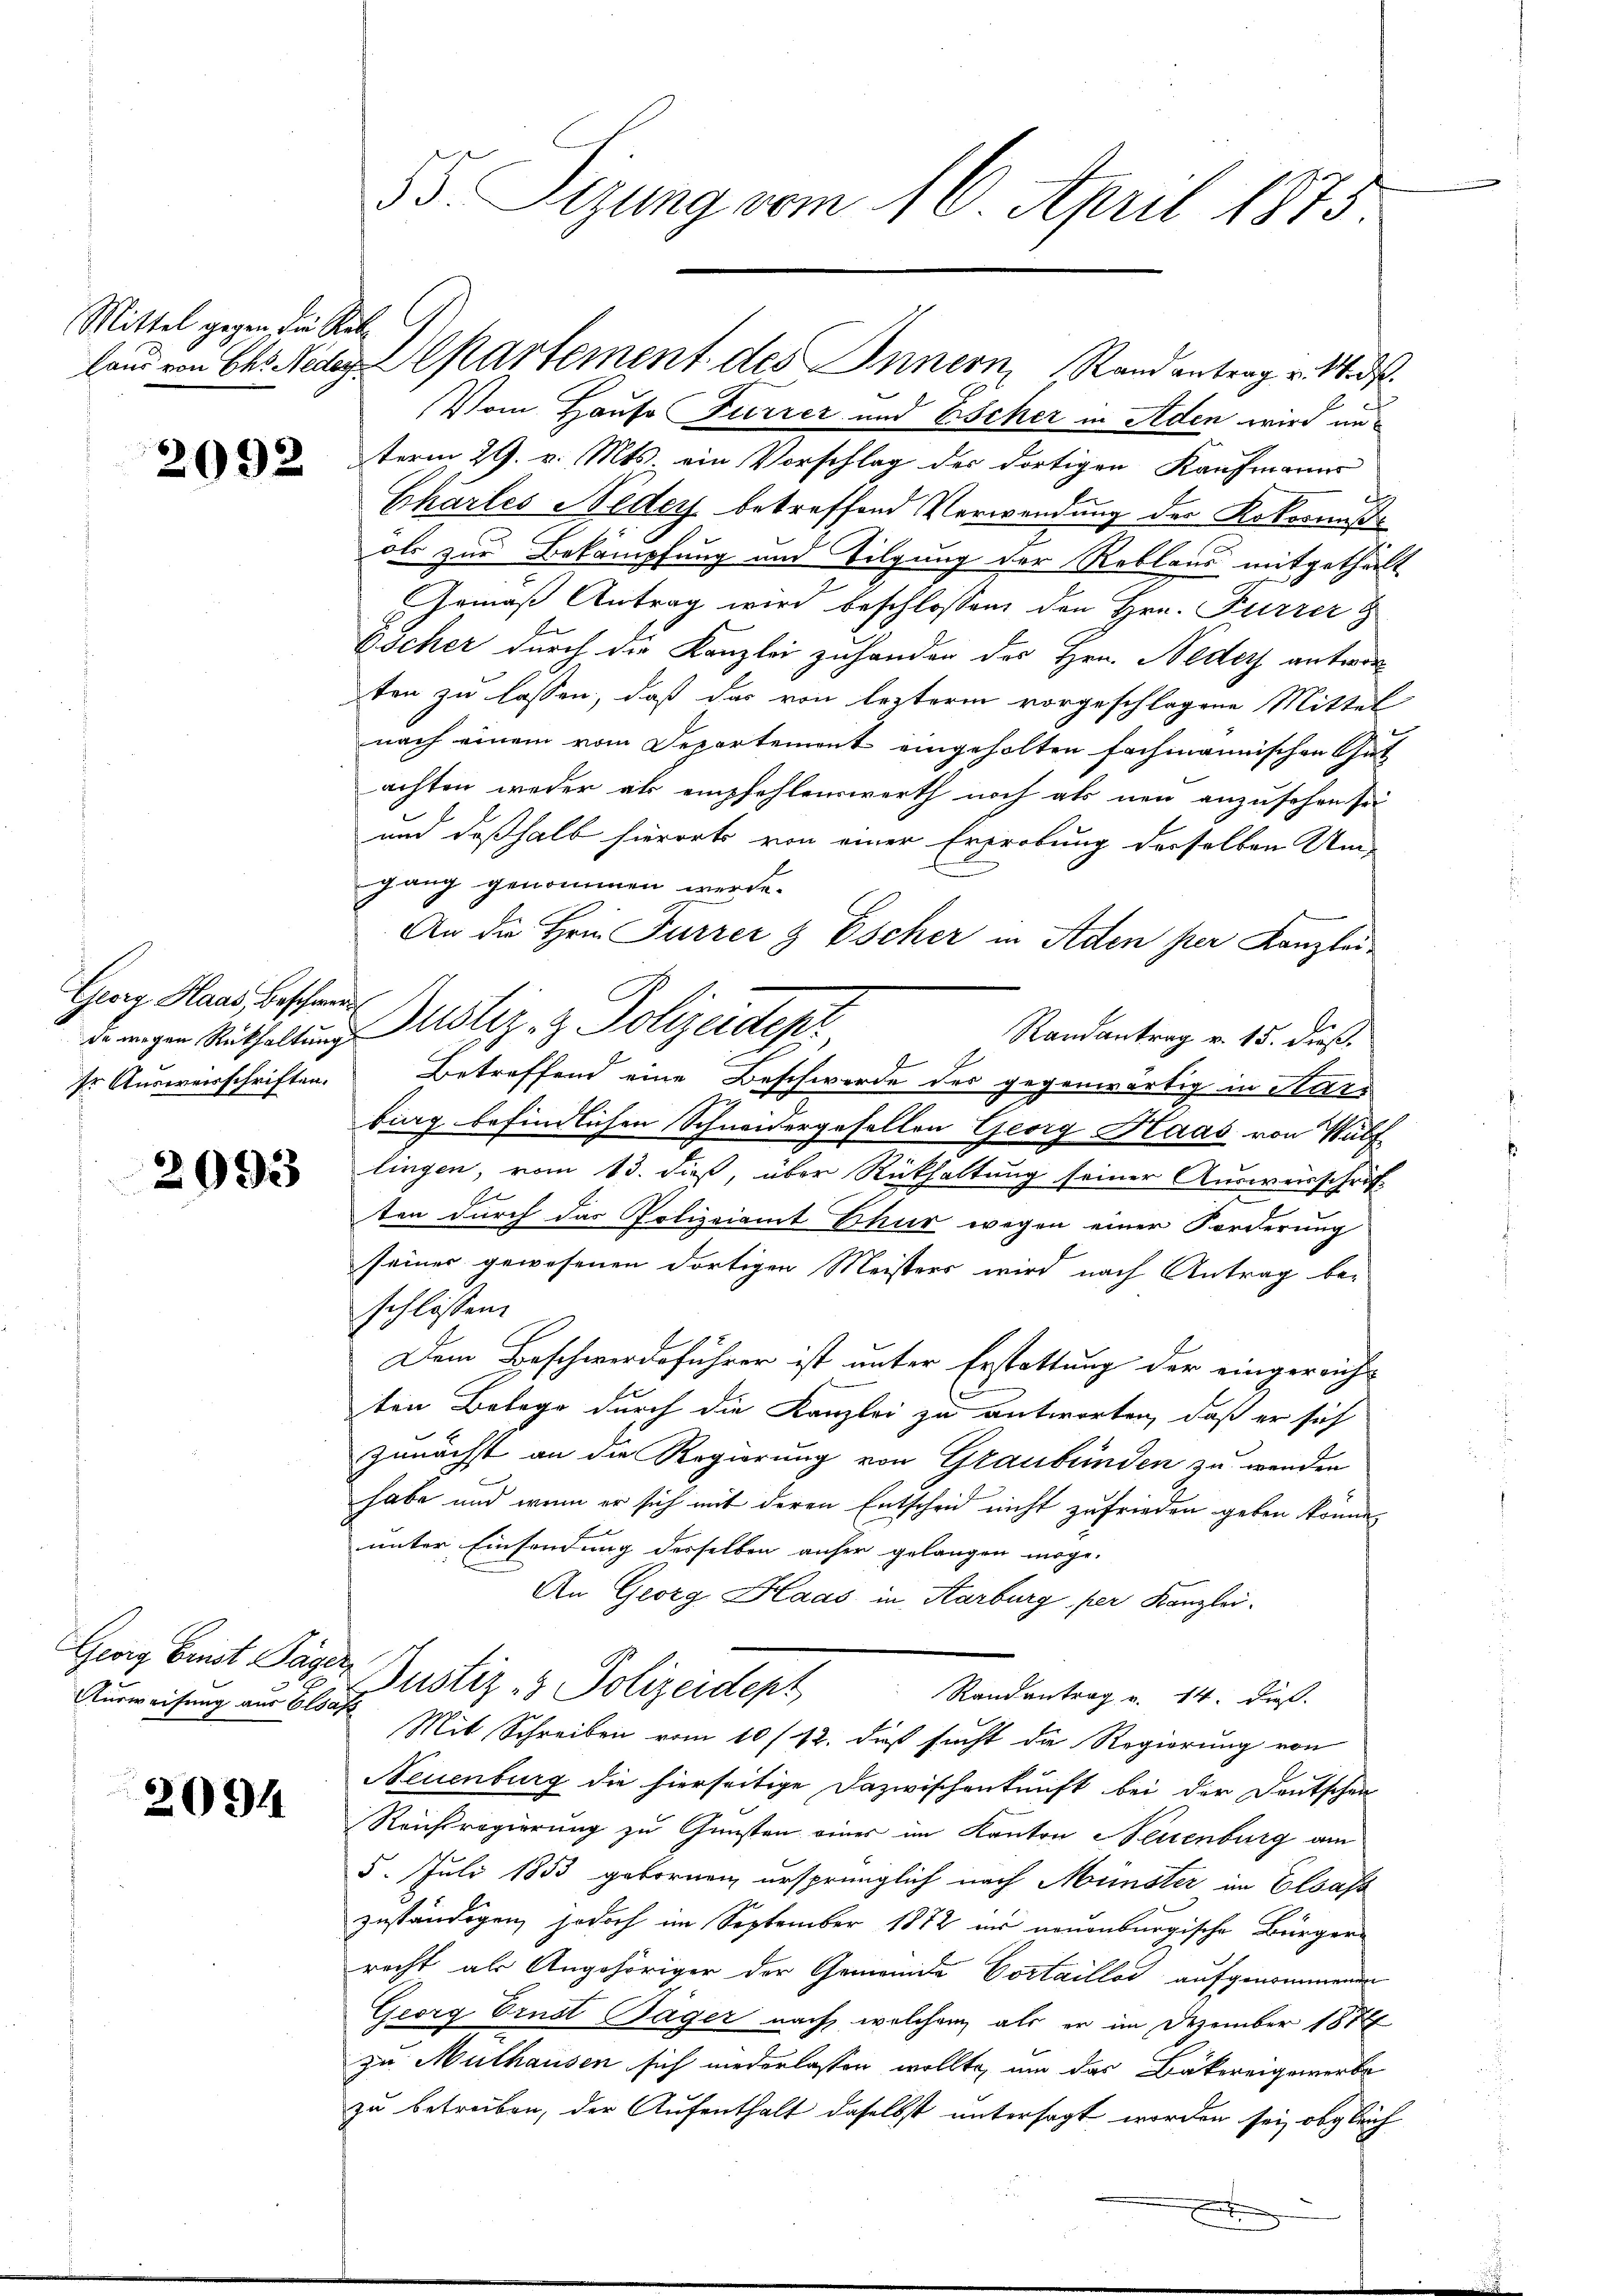
Mittel gegen die Reb

2092

Georg Haas, Beschwerd
Ir Ausweisschriften.

2093

Ausweisung aus Elsass

2094

55. Sizung vom 16. April 1875

laus von Chs Neder Cartement des Innern, Rand antrag u. Wid
Vom Hauso Furrer und Escher in Aden wird unterm 29. v. Mts. ein Vorschlag des dortigen Kaufmanns
Chartes Neder betreffend Verwendung der Rokornißols zur Bekämpfung und Tilgung der Reblaus mitgetheilt
Gemäß Antrag wird beschlossen, den Hrn. Furrer
Döcher durch die Kanzlei zuhanden des Hrn. Neder antwor
ten zu lassen, daß das von lezterm vorgeschlagene Mittel
nach einem vom Departement eingeholten fachmannischen Gut
achten weder als empfehlenswerth noch als neu anzusehen sei
und deßhalb hierorts von einer Erprobung derselben Um-
gang genommen werde.
An die Hein Furrer & Escher in Aden per Kanzleidewigen Mithaltung Notiz & Polizeidept
Randantrag v. 15. dieß.
f
Betreffend eine Beschwerde des gegenwärtig in Hard
bing befindlichen Schneidergesellen Georg Faas von Wülf
lingen, vom 13. dieß, über Rückhaltung seiner Ausweisschrift
ten durch das Polizeiamt Chur wegen einer Forderung
seiner gewesenen dortigen Meisters wird nach Antrag be-
schlossen.
Dem Beschwerdeführer ist unter Erstattung der eingereicht
ten Belege durch die Kanzlei zu antworten, daß er sich
zunächst an die Regierung von Graubünden zu werden
habe und wenn er sich mit deren Entscheid nicht zufrieden geben könne.
unter Einsendung desselben anfer gelangen möge.
An Georg Blaas in Karburg, per Kanzlei.
Georg Ernst Täger Justiz- & Polizeidept
Randantrag v. 14. dieß.
Mit Schreiben vom 10/12. daß sucht die Regierung von
Neuenburg die hierseitige Dazwischenkunft bei der Deutschen
Reichsregierung zu Gunsten einer im Kanton Neuenburg am
5. Juli 1853 gebornen ursprünglich nach Münster im Elsass
zuständigen, jedoch im September 1872 an neuenburgische Bürgerrecht als Angehöriger der Gemeinde Cortaillod aufgenommenen
Georg Ernst Sager nach welchem als er im Dezember 187
zu Mülhausen sich niederlassen wollte, um das Bäkereigewerbe
zu betreiben, der Aufenthalt daselbst untersagt worden sei, obgleich